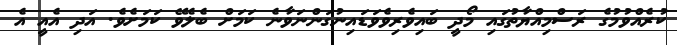
ކުރެއްވުމުގެ ރަސްމިއްޔާތުގައި މޯދީ ބައިވެރިވެވަޑައިނުގަންނަވާނެ ކަމަށް ބެލެވޭ ކަމަށެވެ. އަދި އެއީ އެ